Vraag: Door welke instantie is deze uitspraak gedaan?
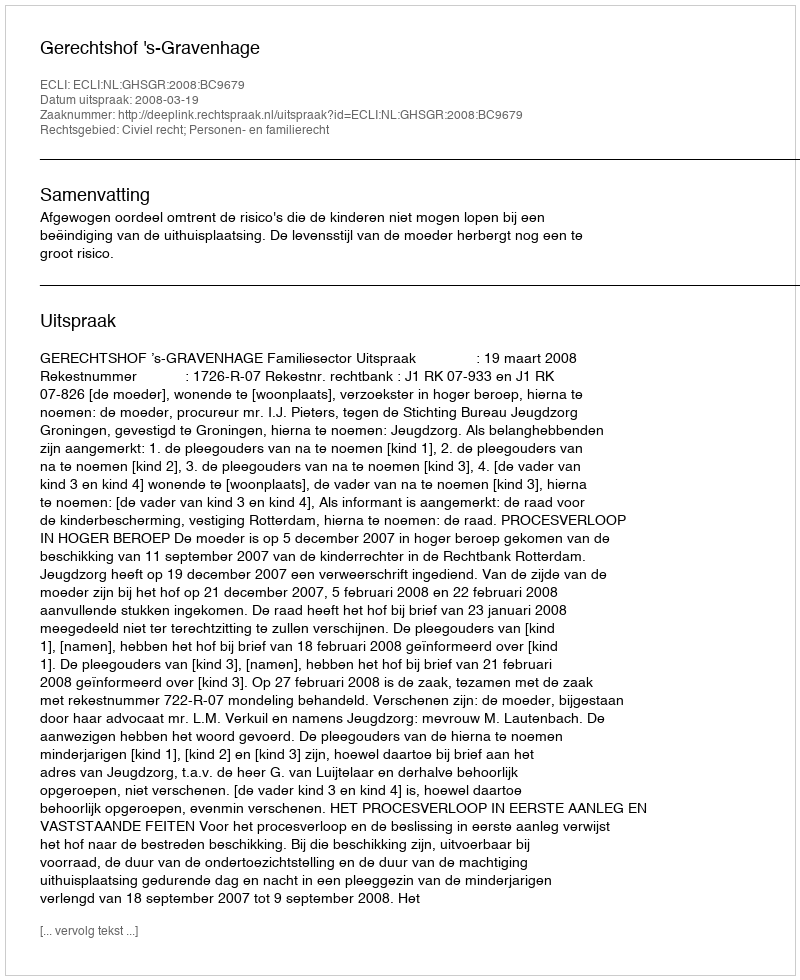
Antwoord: Gerechtshof 's-Gravenhage